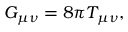
G _ { \mu \nu } = 8 \pi T _ { \mu \nu } ,